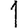
Digit: 1